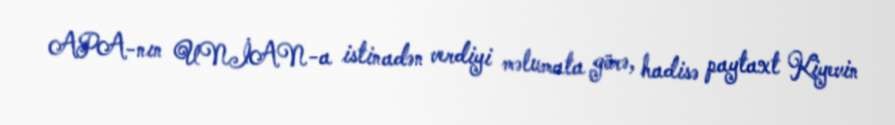
APA-nın UNİAN-a istinadən verdiyi məlumata görə, hadisə paytaxt Kiyevin